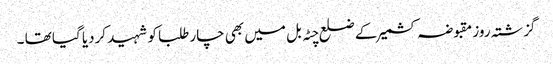
گزشتہ روز مقبوضہ کشمیر کے ضلع چٹہ بل میں بھی چار طلبا کو شہید کردیا گیا تھا ۔